Indian journal of veterinary science and animal husbandry - Volume 12,
Year: 1942
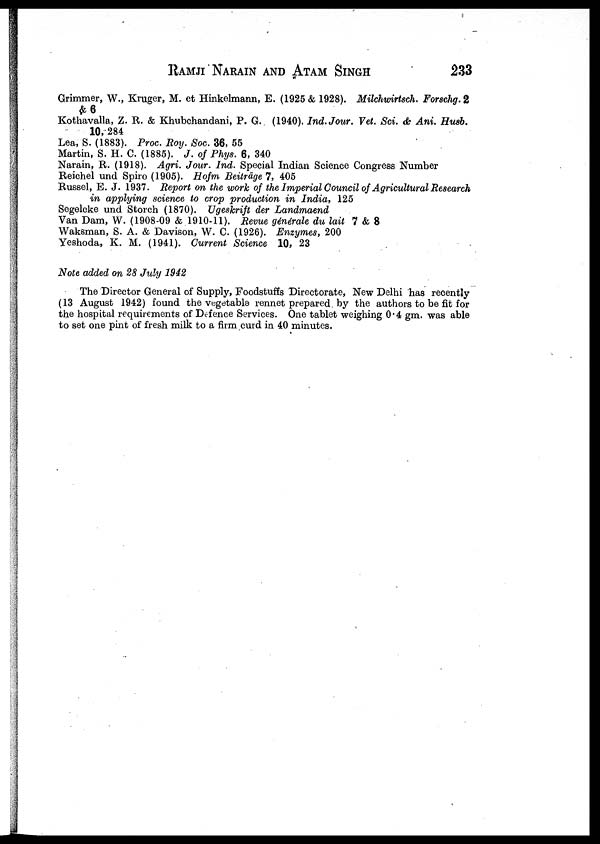
RAMJI NARAIN AND ATAM SINGH 233
Grimmer, W., Kruger, M. et Hinkelmann, E. (1925 & 1928). Milchwirtsch. Forschg.2
&6
Kothavalla, Z. R. & Khubchandani, P. G. (1940). Ind. Jour. Vet. Sci. & Ani. Husb.
10, 284
Lea, S. (1883). Proc. Roy. Soc. 36, 55
Martin, S. H. C. (1885). J. of Phys. 6, 340
Narain, R. (1918). Agri. Jour. Ind. Special Indian Science Congress Number
Reichel und Spiro (1905). Hofm Beiträge 7, 405
Russel, E. J. 1937. Report on the work of the Imperial Council of Agricultural Research
in applying science to crop production in India, 125
Segelcke und Storch (1870). Ugeskrift der Landmaend
Van Dam, W. (1908-09 & 1910-11). Revue générale du lait 7 & 8
Waksman, S. A. & Davison, W. C. (1926). Enzymes, 200
Yeshoda, K. M. (1941). Current Science 10, 23
Note added on 28 July 1942
The Director General of Supply, Foodstuffs Directorate, New Delhi has recently
(13 August 1942) found the vegetable rennet prepared by the authors to be fit for
the hospital requirements of Defence Services. One tablet weighing 0.4 gm. was able
to set one pint of fresh milk to a firm curd in 40 minutes.